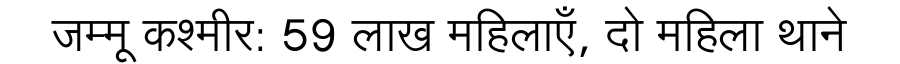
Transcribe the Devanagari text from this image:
जम्मू कश्मीर: 59 लाख महिलाएँ, दो महिला थाने